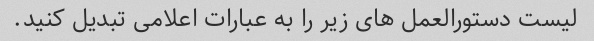
لیست دستورالعمل های زیر را به عبارات اعلامی تبدیل کنید.